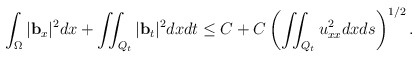
\begin{align*} & \int_\Omega|\mathbf{b}_{x}|^2dx+\iint_{Q_t} |\mathbf{b}_t|^2 dxdt \leq C+ C\left(\iint_{Q_t}u_{xx}^2 dxds\right)^{1/2}. \\ \end{align*}